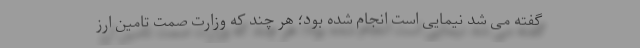
گفته می شد نیمایی است انجام شده بود؛ هر چند که وزارت صمت تامین ارز